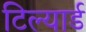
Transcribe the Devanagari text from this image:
टिल्यार्ड